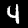
Label: 4